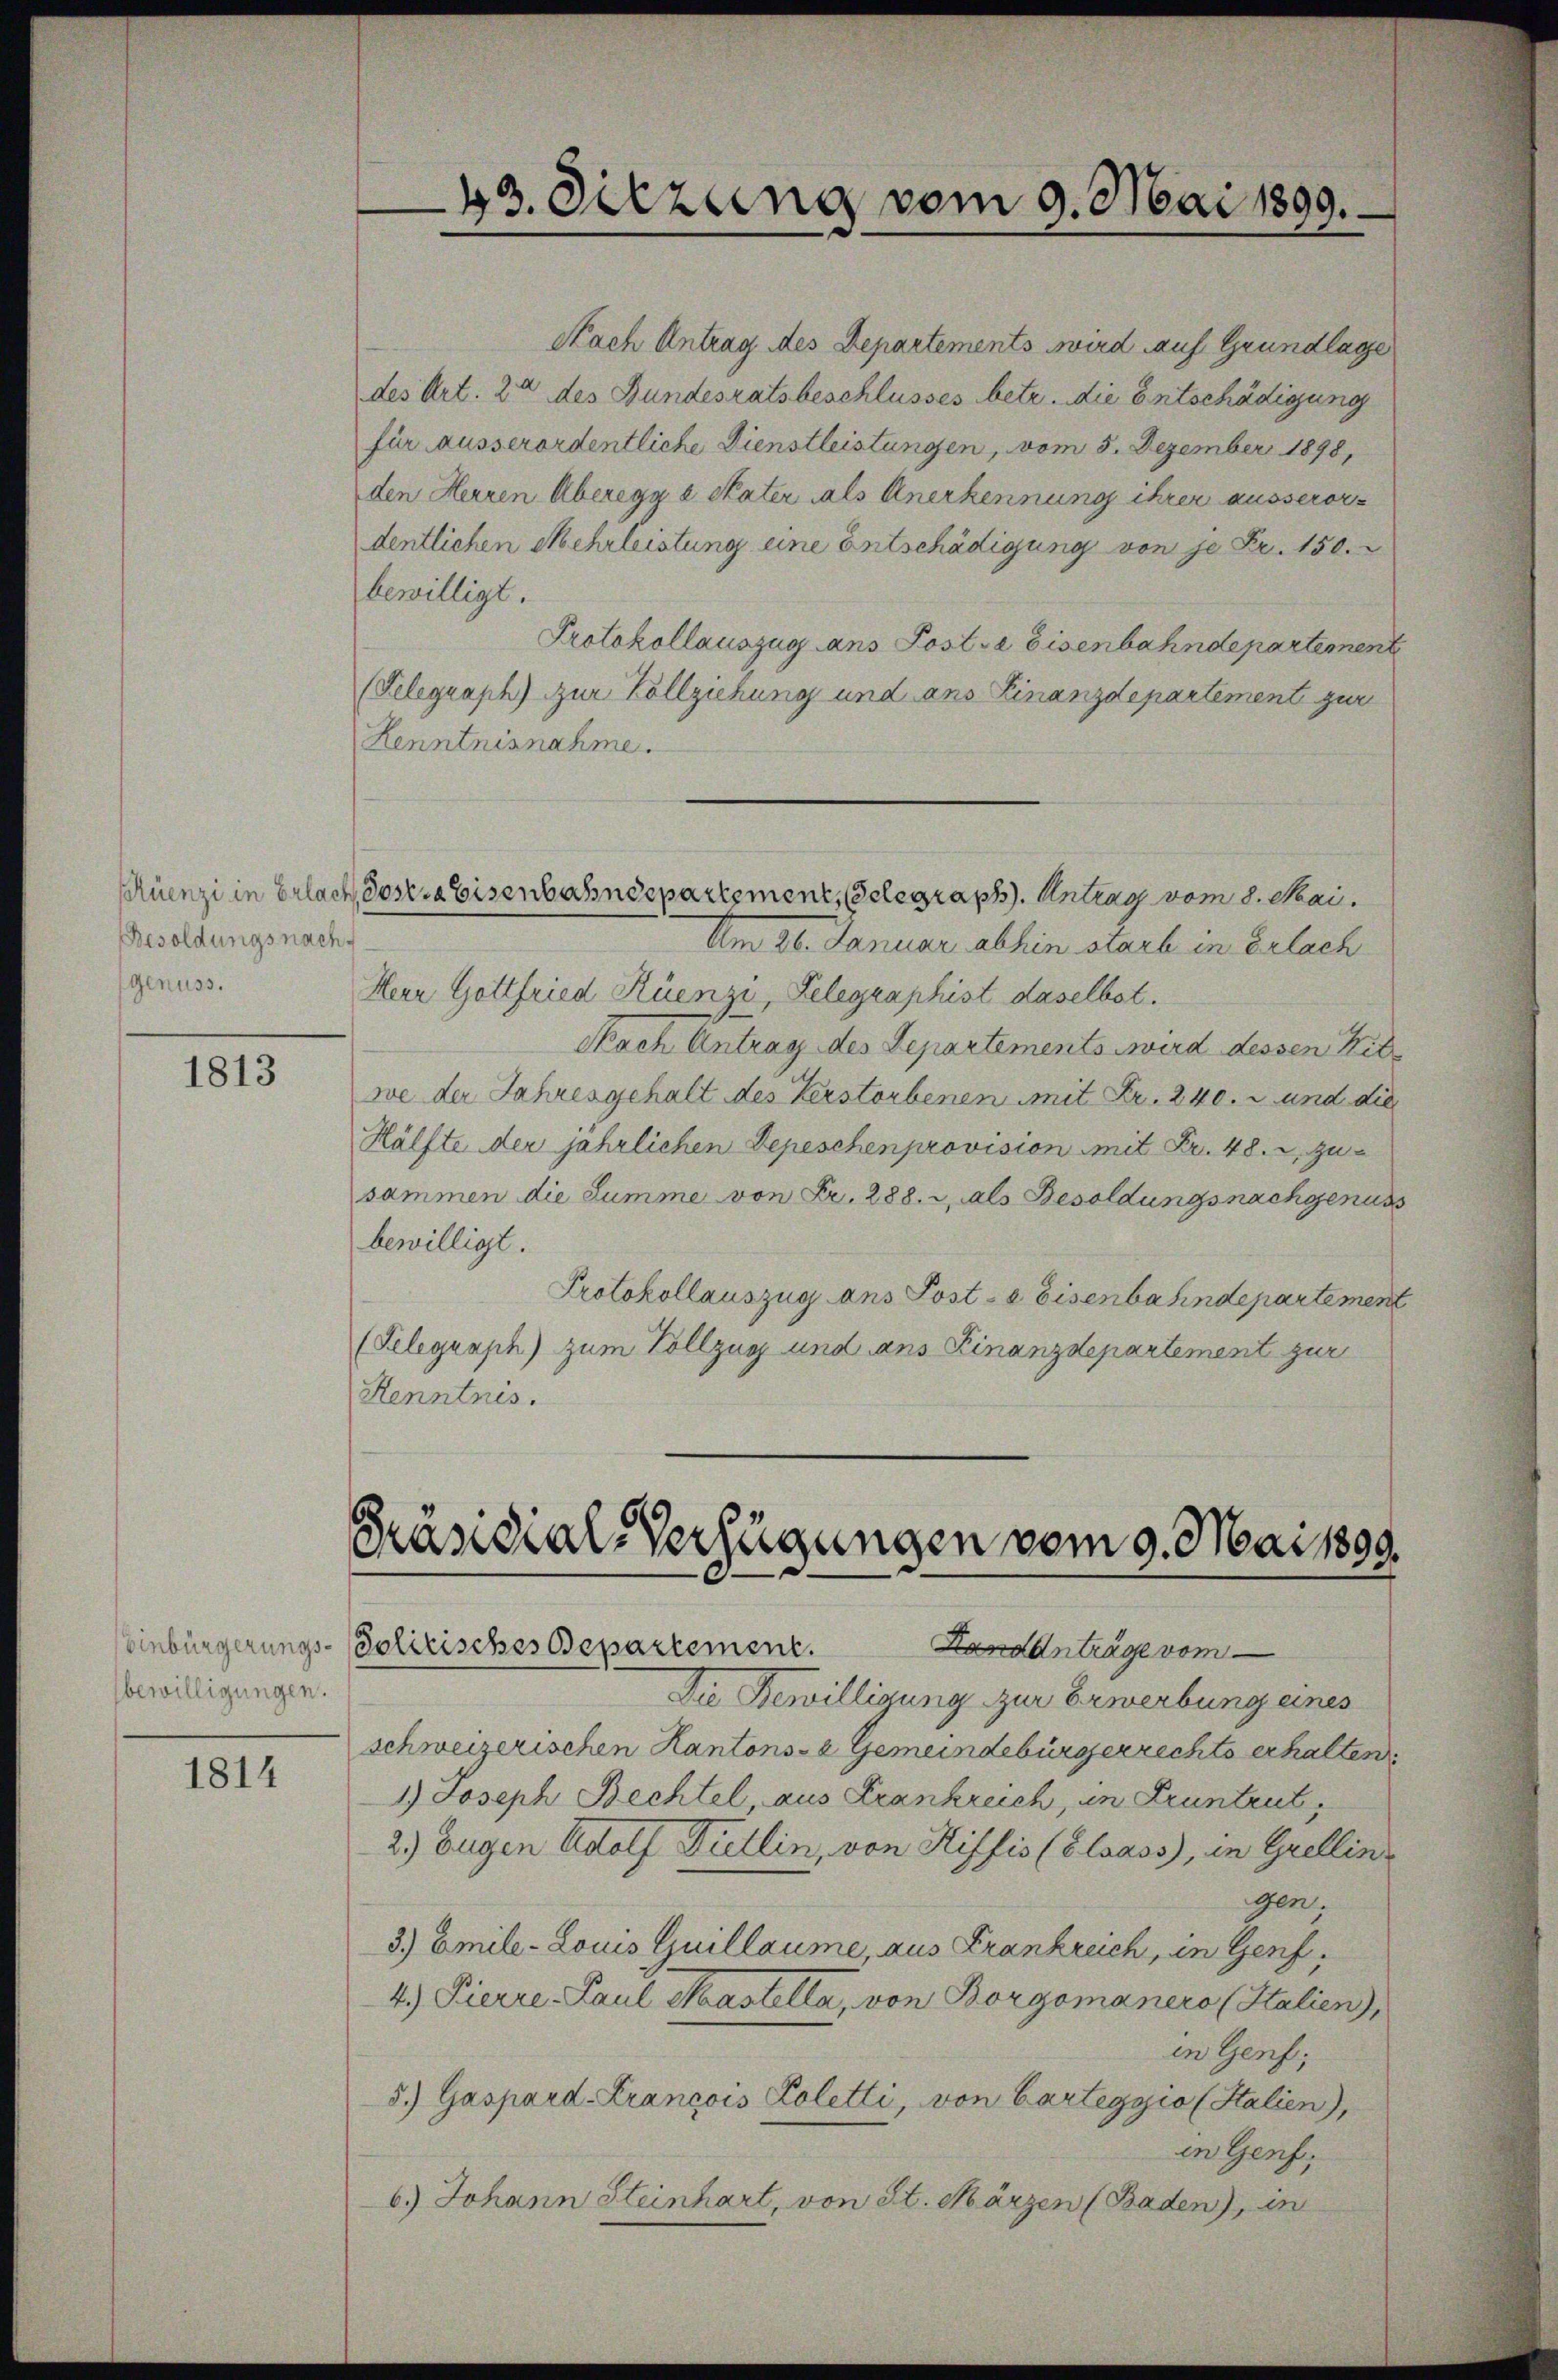
Pluenzi in Erlach
Besoldungsnach.
genuss.

1813

bewilligungen.

1814

43. Sitzung vom 9. Mai 1899.

Nach Antrag des Departements wird auf Grundlage
des Art. 22 des Bundesratsbeschlusses betr. die Entschädigung
für ausserordentliche Dienstleistungen, vom 5. Dezember 1898,
den Herren Aberegg a Pater als Anerkennung ihrer ausserordentlichen Mehrleistung eine Entschädigung von je Fr. 150.
bewilligt.
Protokollauszug ans Poste Eisenbahndepartement
(Telegraph) zur Vollziehung und ans Finanzdepartement zur
Kenntnisnahme.
Am 26. Januar abhin starb in Erlach
Herr Gottfried Rüenzi, Gelegraphist daselbst.
Nach Antrag des Departements wird dessen Mitwe der Jahresgehalt des Verstorbenen mit Fr. 240. 2 und die
Hälfte der jährlichen Depeschenprovision mit Fr. 48. zu
sammen die Summe von Fr. 288. i, als Besoldungsnachgenus
bewilligt.
Protokollauszug ans Post-a Eisenbahndepartement
(Telegraph) zum Vollzug und ans Finanzdepartement zur
Henntnis.

Sosia Eisenbahndepartement, Gelegraph. Antrag vom 8. Mai.

Präsidial-Verfügungen vom 9. Mai 1899.
Einbürgerungs-Politisches Departement.
Landanträge vom

Die Bewilligung zur Erwerbung eines
schweizerischen Kantons- & Gemeindebürgerrechts erhalten
1) Joseph Bechtel, aus Frankreich, in Pruntrut
2) Eugen Adolf Dullin, von Hiffis (Blaass), in Grellingen;
3.) Emile-Louis Guillaume, aus Frankreich, in Genf,
4.) Pierre Paul Maastella, von Borgomanero (Italien),
in Genf;
5.) Gaspard-Krancois Koletti, von Carteggio (Stalien),
in Genf,
6.) Johann Steinhart, von St. Märzen (Baden), in